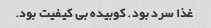
غذا سرد بود. کوبیده بی کیفیت بود.